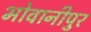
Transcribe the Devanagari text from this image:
भोवानीपुर